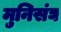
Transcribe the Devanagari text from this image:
मुनिसंघ